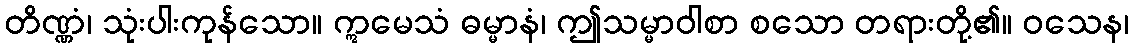
တိဏ္ဏံ၊ သုံးပါးကုန်သော။ ဣမေသံ ဓမ္မာနံ၊ ဤသမ္မာဝါစာ စသော တရားတို့၏။ ဝသေန၊